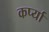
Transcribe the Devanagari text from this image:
कर्प्या